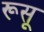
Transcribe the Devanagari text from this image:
रूसू